Indian journal of veterinary science and animal husbandry - Volume 9,
Year: 1939
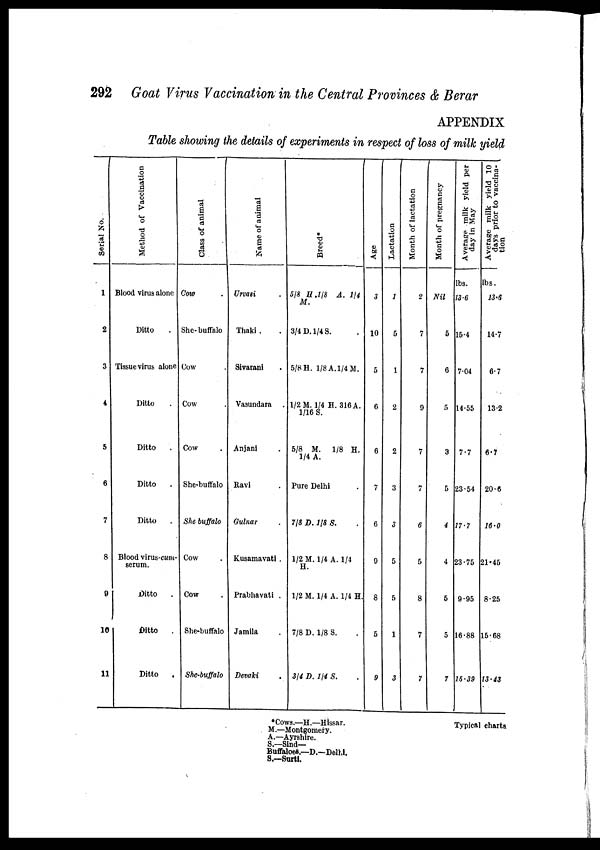
292 Goat Virus Vaccination in the Central Provinces & Berar
APPENDIX
Table showing the details of experiments in respect of loss of milk yield
Serial No.
1
2
3
4
5
6
7
8
9
10
11
Method of Vaccination
Blood virus alone
Ditto .
Tissue virus alone
Ditto .
Ditto .
Ditto .
Ditto .
Blood virus-cum-
serum.
Ditto .
Ditto .
Ditto .
Class of animal
Na me of animal
Cow .
She-buffalo
Cow .
Cow .
Cow .
She-buffalo
She buffalo
Cow .
Cow .
She-buffalo
She-buffalo
Urvasi .
Thaki .
Sivarani .
Vasundara .
Anjani .
Ravi .
Gulnar .
Kusamavati .
Prabhavati .
Jamila .
Devaki .
Breed*
⅝ H.⅛
A. ¼
M.
¾ D. ¼ S. .
⅝ H. ⅛ A. ¼ M.
½ M. ¼ H.316 A.
1/16 S.
⅝
M. ⅛ H.
¼ A.
Pure Delhi .
⅞ D. ⅛ S.
½ M. ¼ A. ¼
H.
½ M. ¼ A. ¼ H.
⅞ D. ⅛ S. .
¾ D. ¼ S. .
Age
3
10
5
6
6
7
6
9
8
5
9
Lactation
1
5
1
2
2
3
3
5
5
1
3
Mont h of lactation
2
7
7
9
7
7
6
5
8
7
7
Mont h of pr e gna nc y
Nil
5
6
5
3
5
4
4
5
5
7
Average milk yield per
day in May
lbs.
13.6
15.4
7.04
14.55
7.7
23.54
17.7
23.75
9.95
16.88
15.39
Average milk yield 10
days prior to vaccina¬
tion
lbs.
13.6
14.7
6.7
13.2
6.7
20.6
16.0
21.45
8.25
15.68
13.43
*Cows.—H.—Hissar.
Typical charts
M.—Montgomery.
A.—Ayrshire.
S.—Sind—
Buffaloes.—D.—Delhi.
S.—Surti.